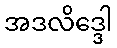
အဒလိဒ္ဒေါ